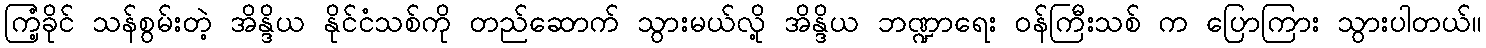
ကြံ့ခိုင် သန်စွမ်းတဲ့ အိန္ဒိယ နိုင်ငံသစ်ကို တည်ဆောက် သွားမယ်လို့ အိန္ဒိယ ဘဏ္ဍာရေး ဝန်ကြီးသစ် က ပြောကြား သွားပါတယ်။